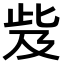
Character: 𣥨